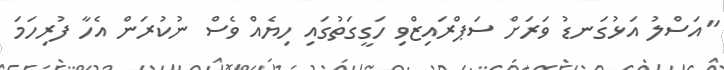
"އަސްލު އަޅުގަނޑު ވަރަށް ސަޕްރައިޒްވި ހަގީގަތުގައި ހިޔެއް ވެސް ނުކުރަން އެހާ ފުރިހަމަ